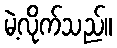
မဲ့လိုက်သည်။